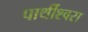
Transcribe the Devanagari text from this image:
पार्थीश्‍वरा